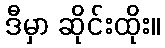
ဒီမှာ ဆိုင်းထိုး။